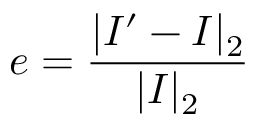
e = \frac { | I ^ { \prime } - I | _ { 2 } } { | I | _ { 2 } }